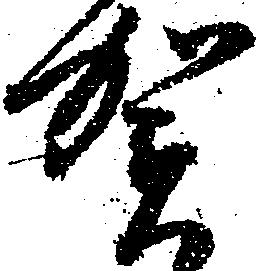
賀